Vaccination in Bombay 1874-1876 - 1874-1876
Year: 1874
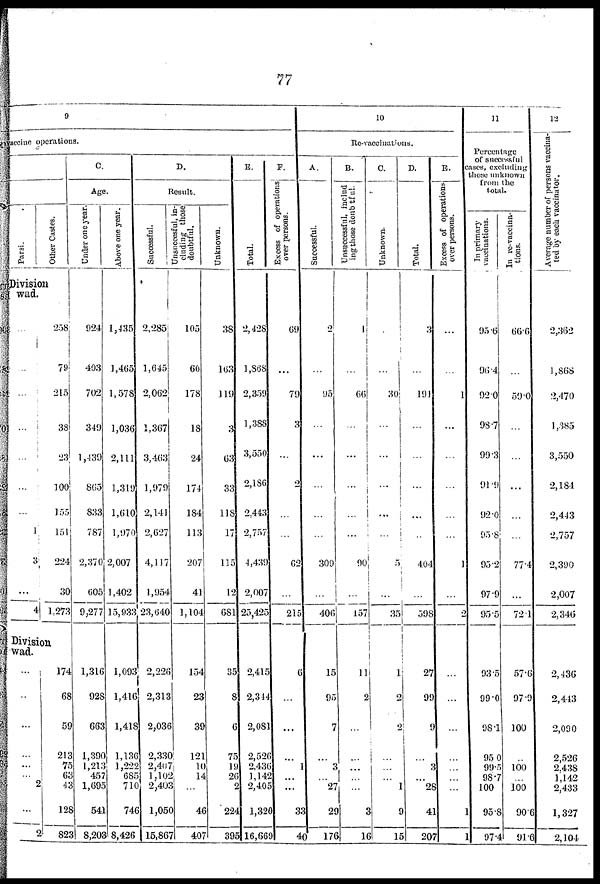
77
9
Vaccine operations.
Parsi.
Other Castes.
Division
wad.
...
...
...
...
...
...
...
1
3
...
4
258
79
215
38
23
100
155
151
224
30
1,273
Division
wad.
...
...
...
...
...
...
2
...
2
174
68
59
213
75
63
43
128
823
C.
Age.
Under one year.
924
403
702
349
1,439
865
833
787
2,370
605
9,277
1,316
928
663
1,390
1,213
457
1,695
541
8,203
Above one year.
1,435
1,465
1,578
1,036
2,111
1,319
1,610
1,970
2,007
1,402
15,933
1,093
1,416
1,418
1,136
1,222
685
710
746
8,426
D.
Result.
Successful.
2,285
1,645
2,062
1,367
3,463
1,979
2,141
2,627
4,117
1,954
23,640
2,226
2,313
2,036
2,330
2,407
1,102
2,403
1,050
15,867
Unsuccesful, in¬
cluding those
doubtful.
105
60
178
18
24
174
184
113
207
41
1,104
154
23
39
121
10
14
...
46
407
Unknown.
38
163
119
3
63
33
118
17
115
12
681
35
8
6
75
19
26
2
224
395
E.
Total.
2,428
1,868
2,359
1,388
3,550
2,186
2,443
2,757
4,439
2,007
25,425
2,415
2,344
2,081
2,526
2,436
1,142
2,405
1,320
16,669
F.
Excess of operations
over persons.
69
...
79
3
...
2
...
...
62
...
215
6
...
...
...
1
...
...
33
40
10
Re-vaccinations.
A.
Successful.
2
...
95
...
...
...
...
...
300
...
406
15
95
7
...
3
...
27
29
176
B.
Unsuccessful includ
ing those doubtful.
1
...
66
...
...
...
...
...
90
...
157
11
2
. . .
...
...
...
3
16
C.
Unknown.
...
...
30
...
...
...
...
...
5
...
35
1
2
2
...
...
...
1
9
15
D.
Total.
3
...
191
...
...
...
...
...
404
...
598
27
99
9
...
3
...
28
41
207
E.
Excess of operations
over persons.
...
...
1
...
...
...
...
...
1
...
2
...
...
...
...
...
...
...
1
1
11
Percentage
of successful
cases, excluding
those unknown
from the
total.
In primary
vaccinations.
95.6
96.4
92.0
98.7
99.3
91.9
92.0
95.8
95.2
97.9
95.5
93.5
99.0
98.1
95.0
99.5
98.7
100
95.8
97.4
In re-vaccina-
tions.
66.6
...
59.0
...
...
...
...
...
77.4
...
72.1
57.6
97.9
100
...
100
...
100
90.6
91.6
12
Average number of persons vaccina-
ted by each vaccinator.
2,362
1,868
2,470
1,385
3,550
2,184
2,443
2,757
2,390
2,007
2,346
2,436
2,443
2,090
2,526
2,438
1,142
2,433
1,327
2,104